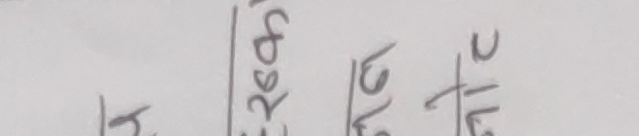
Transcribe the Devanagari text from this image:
र रु. २६५ ।
रु. ७६
+ रु. २७८